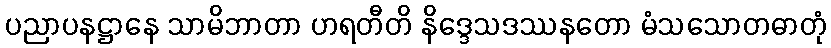
ပညာပနဋ္ဌာနေ သာမိဘာတာ ဟရတီတိ နိဒ္ဒေသဒဿနတော မံသသောတဓာတုံ